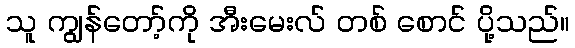
သူ ကျွန်တော့်ကို အီးမေးလ် တစ် စောင် ပို့သည်။